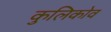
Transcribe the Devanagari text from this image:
कुलिकोव